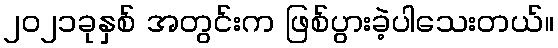
၂၀၂၁ခုနှစ် အတွင်းက ဖြစ်ပွားခဲ့ပါသေးတယ်။